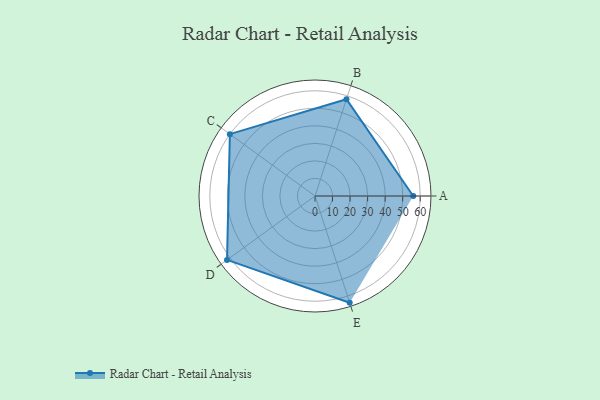
{"axis": {"x": "Skill", "y": "Score"}, "legend": ["Profile"], "data": [{"x": "A", "y": 56.0, "type": "Profile"}, {"x": "B", "y": 58.0, "type": "Profile"}, {"x": "C", "y": 60.0, "type": "Profile"}, {"x": "D", "y": 62.0, "type": "Profile"}, {"x": "E", "y": 64.0, "type": "Profile"}]}